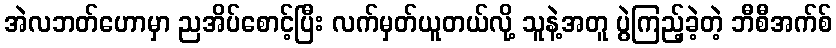
အဲလဘတ်ဟောမှာ ညအိပ်စောင့်ပြီး လက်မှတ်ယူတယ်လို့ သူနဲ့အတူ ပွဲကြည့်ခဲ့တဲ့ ဘီစီအက်စ်